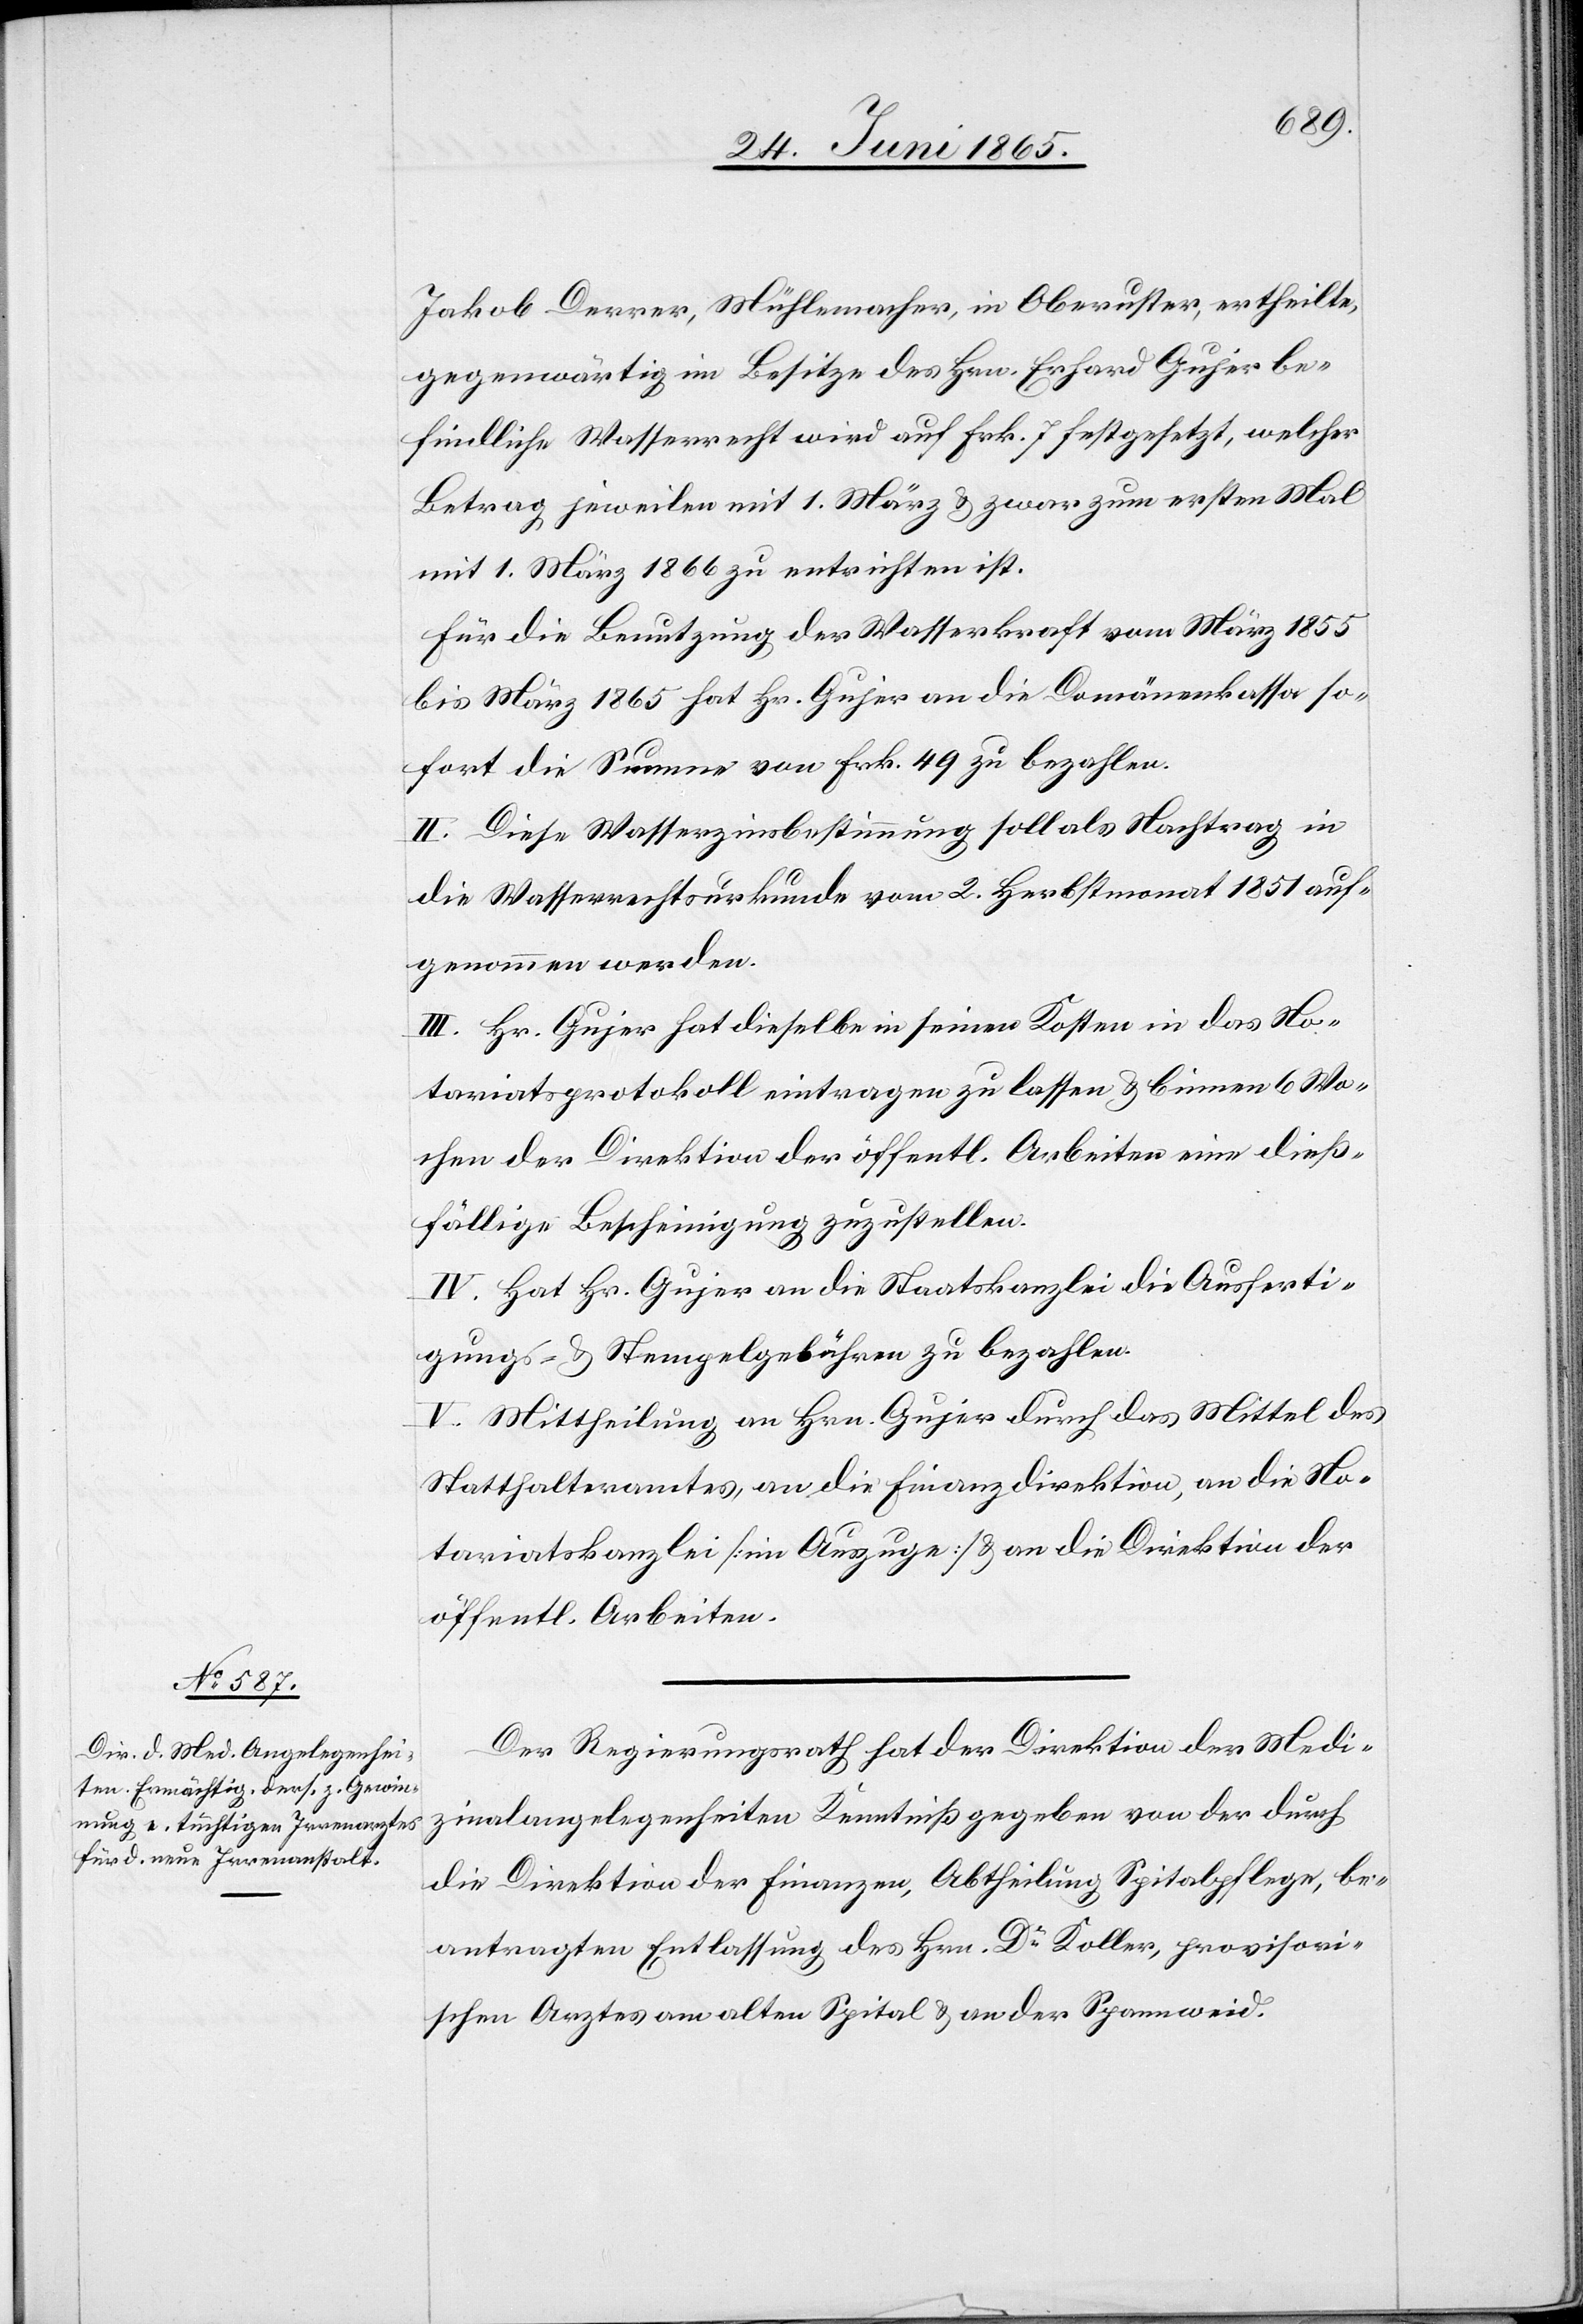
Jakob Derrer, Mühlemacher, in Oberuster, ertheilte,
gegenwärtig im Besitze des Hrn. Erhard Gujer be¬
findliche Waserrecht wird auf Frk. 7 festgesetzt, welcher
Betrag jeweilen mit 1. März & zwar zum ersten Mal
mit 1. März 1866 zu entrichten ist.
Für die Benutzung der Wasserkraft vom März 1855
bis März 1865 hat Hr. Gujer an die Domänenkassa so¬
fort die Summe von Frk. 49 zu bezahlen.
II. Diese Wasserzinsbestimmung soll als Nachtrag in
die Wasserrechtsurkunde vom 2. Herbstmonat 1851 auf¬
genommen werden.
III. Hr. Gujer hat dieselbe in seinen Kosten in das No¬
tariatsprotokoll eintragen zu lassen & binnen 6 Wo¬
chen der Direktion der öffentl. Arbeiten eine dieß¬
fällige Bescheinigung zuzustellen.
IV. Hat Hr. Gujer an die Staatskanzlei die Ausferti¬
gungs- & Stempelgebühren zu bezahlen.
V. Mittheilung an Hrn. Gujer durch das Mittel des
Statthalteramtes, an die Finanzdirektion, an die No¬
tariatskanzlei [im Auszuge] & an die Direktion der
öffentl. Arbeiten.
Der Regierungsrath hat der Direktion der Medi¬
zinalangelegenheiten Kenntniß gegeben von der durch
die Direktion der Finanzen, Abtheilung Spitalpflege, be¬
antragten Entlassung des Hrn. Dr Koller, provisori¬
schen Arztes am alten Spital & an der Spannweid.